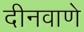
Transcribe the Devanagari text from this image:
दीनवाणे